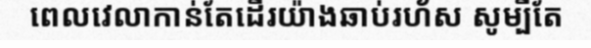
ពេលវេលាកាន់តែដើរយ៉ាងឆាប់រហ័ស សូម្បីតែ